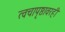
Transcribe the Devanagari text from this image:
त्वचापृष्ठावरही